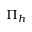
\Pi _ { h }